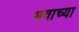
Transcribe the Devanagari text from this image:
भवाच्या